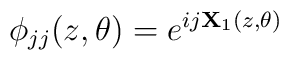
\phi_{jj}(z,\theta) = e^{i j {\bf X}_1(z,\theta) }